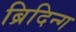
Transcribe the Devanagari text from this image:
ब्रिदिन्ग